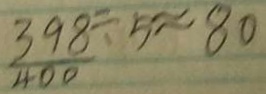
\frac { 3 9 8 } { 4 0 0 } \div 5 \approx 8 0